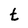
Character: t